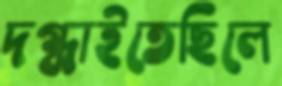
দগ্ধাইতেছিলে